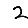
Digit: 2